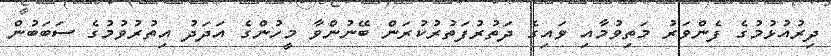
ދިރުއުޅުމުގެ ފެންވަރު މަތިވުމާއި ވައިގެ ދަތުރުފަތުރުކުރަން ބޭނުންވާ މީހުންގެ އަދަދު އިތުރުވުމުގެ ސަބަބުން